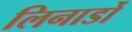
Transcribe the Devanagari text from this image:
लिनार्डो